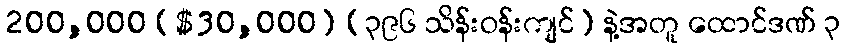
200,000 ($30,000) (၃၉၆ သိန်းဝန်းကျင်) နဲ့အတူ ထောင်ဒဏ် ၃